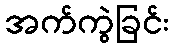
အက်ကွဲခြင်း